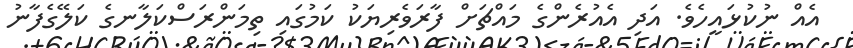
އެއް ނުކުޅައީހެވެ. އަދި އެއުރެންގެ މައްޗަށް ފާރަވެރިޔަކު ކަމުގައި ތިމަންރަސްކަލާނގެ ކަލޭގެފާނު